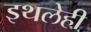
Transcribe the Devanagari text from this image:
इथलेही